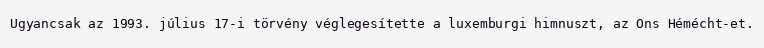
Ugyancsak az 1993. július 17-i törvény véglegesítette a luxemburgi himnuszt, az Ons Hémécht-et.